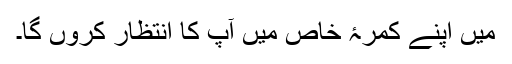
میں اپنے کمرۂ خاص میں آپ کا انتظار کروں گا۔